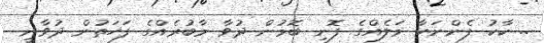
.. ކާކު ފެންނަހާ މަލެއްގެ ފޮނި ބޮމުން ދުވާ މާބުރެއްގެ ފަހަތުން ދުވާނީ